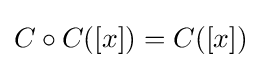
C\circ C([x])=C([x])